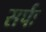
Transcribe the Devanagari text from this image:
सर्पः